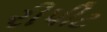
રીપીટ